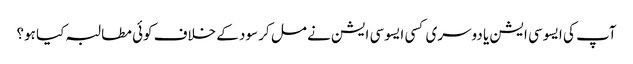
آپ کی ایسوسی ایشن یا دوسری کسی ایسوسی ایشن نے مل کر سود کے خلاف کوئی مطالبہ کیا ہو؟